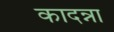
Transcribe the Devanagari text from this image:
कादन्ना